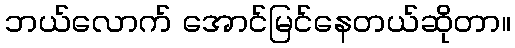
ဘယ်လောက် အောင်မြင်နေတယ်ဆိုတာ။